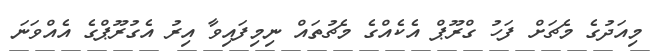
މިއަދުގެ މެޗަށް ފަހު ގްރޫޕް އެކެއްގެ މެޗުތައް ނިމިފައިވާ އިރު އެގުރޫޕްގެ އެއްވަނަ